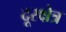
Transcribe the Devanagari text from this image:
दूरक्षेत्र